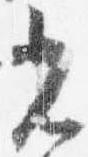
光